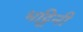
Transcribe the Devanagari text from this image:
भट्टिनी